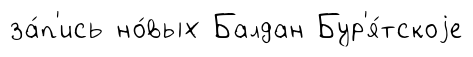
за́п'ись но́вых Балдан Бур'я́тскоjе